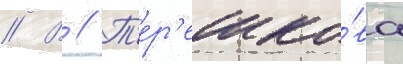
// В // Т'ер'ешко́ва